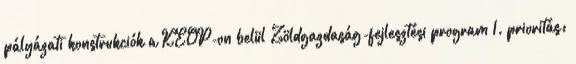
pályázati konstrukciók a KEOP-on belül Zöldgazdaság-fejlesztési program 1. prioritás: